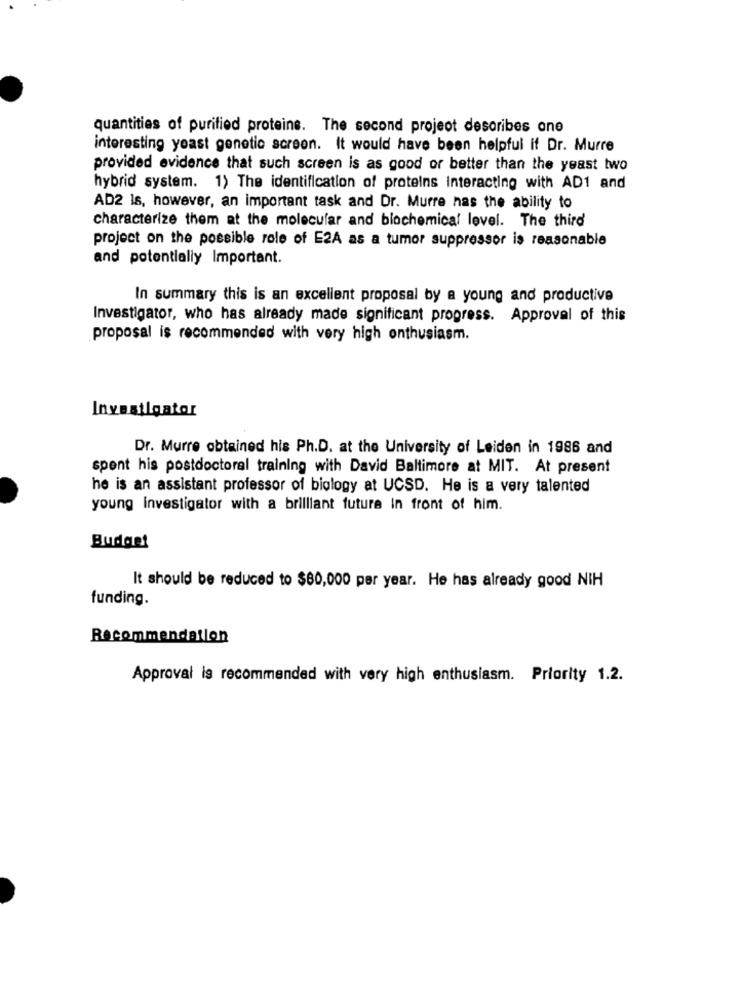
quantities of purified proteins. The second project describes one
interesting yeast genetic screen. It would have been helpful if Dr. Murre
provided evidence that such screen is as good or better than the yeast two
hybrid system. 1) The identification of proteins interacting with AD1 and
AD2 Is, however, an important task and Dr. Murre nas the ability to
characterize them at the molecular and biochemical level. The third
project on the possible role of E2A as a tumor suppressor is reasonable
and potentially Important.
In summary this is an excellent proposal by a young and productive
Investigator, who has already made significant progress. Approval of this
proposal is recommended with very high enthusiasm.
Investigator
Dr. Murre obtained his Ph.D. at the University of Leiden in 1986 and
spent his postdoctoral training with David Baltimore at MIT. At present
he is an assistant professor of biology at UCSD. He is a very talented
young Investigator with a brilliant future in front of him.
Budget
It should be reduced to $80,000 per year. He has already good NIH
funding.
Recommendation
Approval is recommended with very high enthusiasm. Priority 1.2.